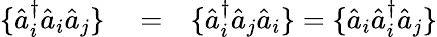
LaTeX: \begin{array}{rlr}{\{ \hat{a}_{i}^{\dagger}\hat{a}_{i}\hat{a}_{j}\} }&{{}=}&{\{ \hat{a}_{i}^{\dagger}\hat{a}_{j}\hat{a}_{i}\} =\{ \hat{a}_{i}\hat{a}_{i}^{\dagger}\hat{a}_{j}\} }\end{array}